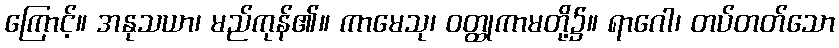
ကြောင့်။ အနုသယာ၊ မည်ကုန်၏။ ကာမေသု၊ ဝတ္ထုကာမတို့၌။ ရာဂေါ၊ တပ်တတ်သော